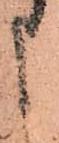
申